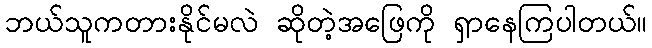
ဘယ်သူကတားနိုင်မလဲ ဆိုတဲ့အဖြေကို ရှာနေကြပါတယ်။